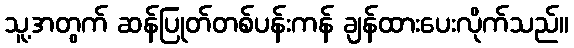
သူ့အတွက် ဆန်ပြုတ်တစ်ပန်းကန် ချန်ထားပေးလိုက်သည်။